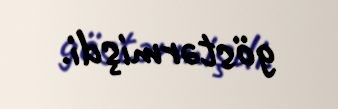
göstərmişdi.